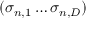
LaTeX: ( \sigma _ { n , 1 } \ldots \sigma _ { n , D } )